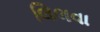
લિલવા